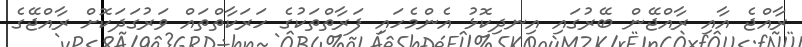
ރާއްޖެ އާއި ރާއްޖޭން ބޭރުގައި އިނދިކޮޅު އެންމެހައި ފަރާތްތަކުގެ ހަރަކާތްތައް ވަރުގަދަކޮށް ރާއްޖޭގެ